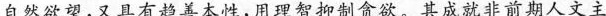
自然欲望，又具有超善本性，用理智抑制贪欲。其成就非前期人文主